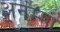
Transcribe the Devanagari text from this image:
अनंम्मा